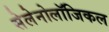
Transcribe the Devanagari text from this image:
सेलेनोलॉजिकल